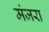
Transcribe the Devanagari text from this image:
मंजरा